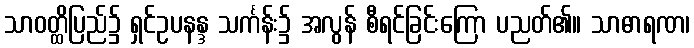
သာဝတ္ထိပြည်၌ ရှင်ဥပနန္ဒ သင်္ကန်း၌ အလွန် စီရင်ခြင်းကြော ပညတ်၏။ သာဓာရဏ၊